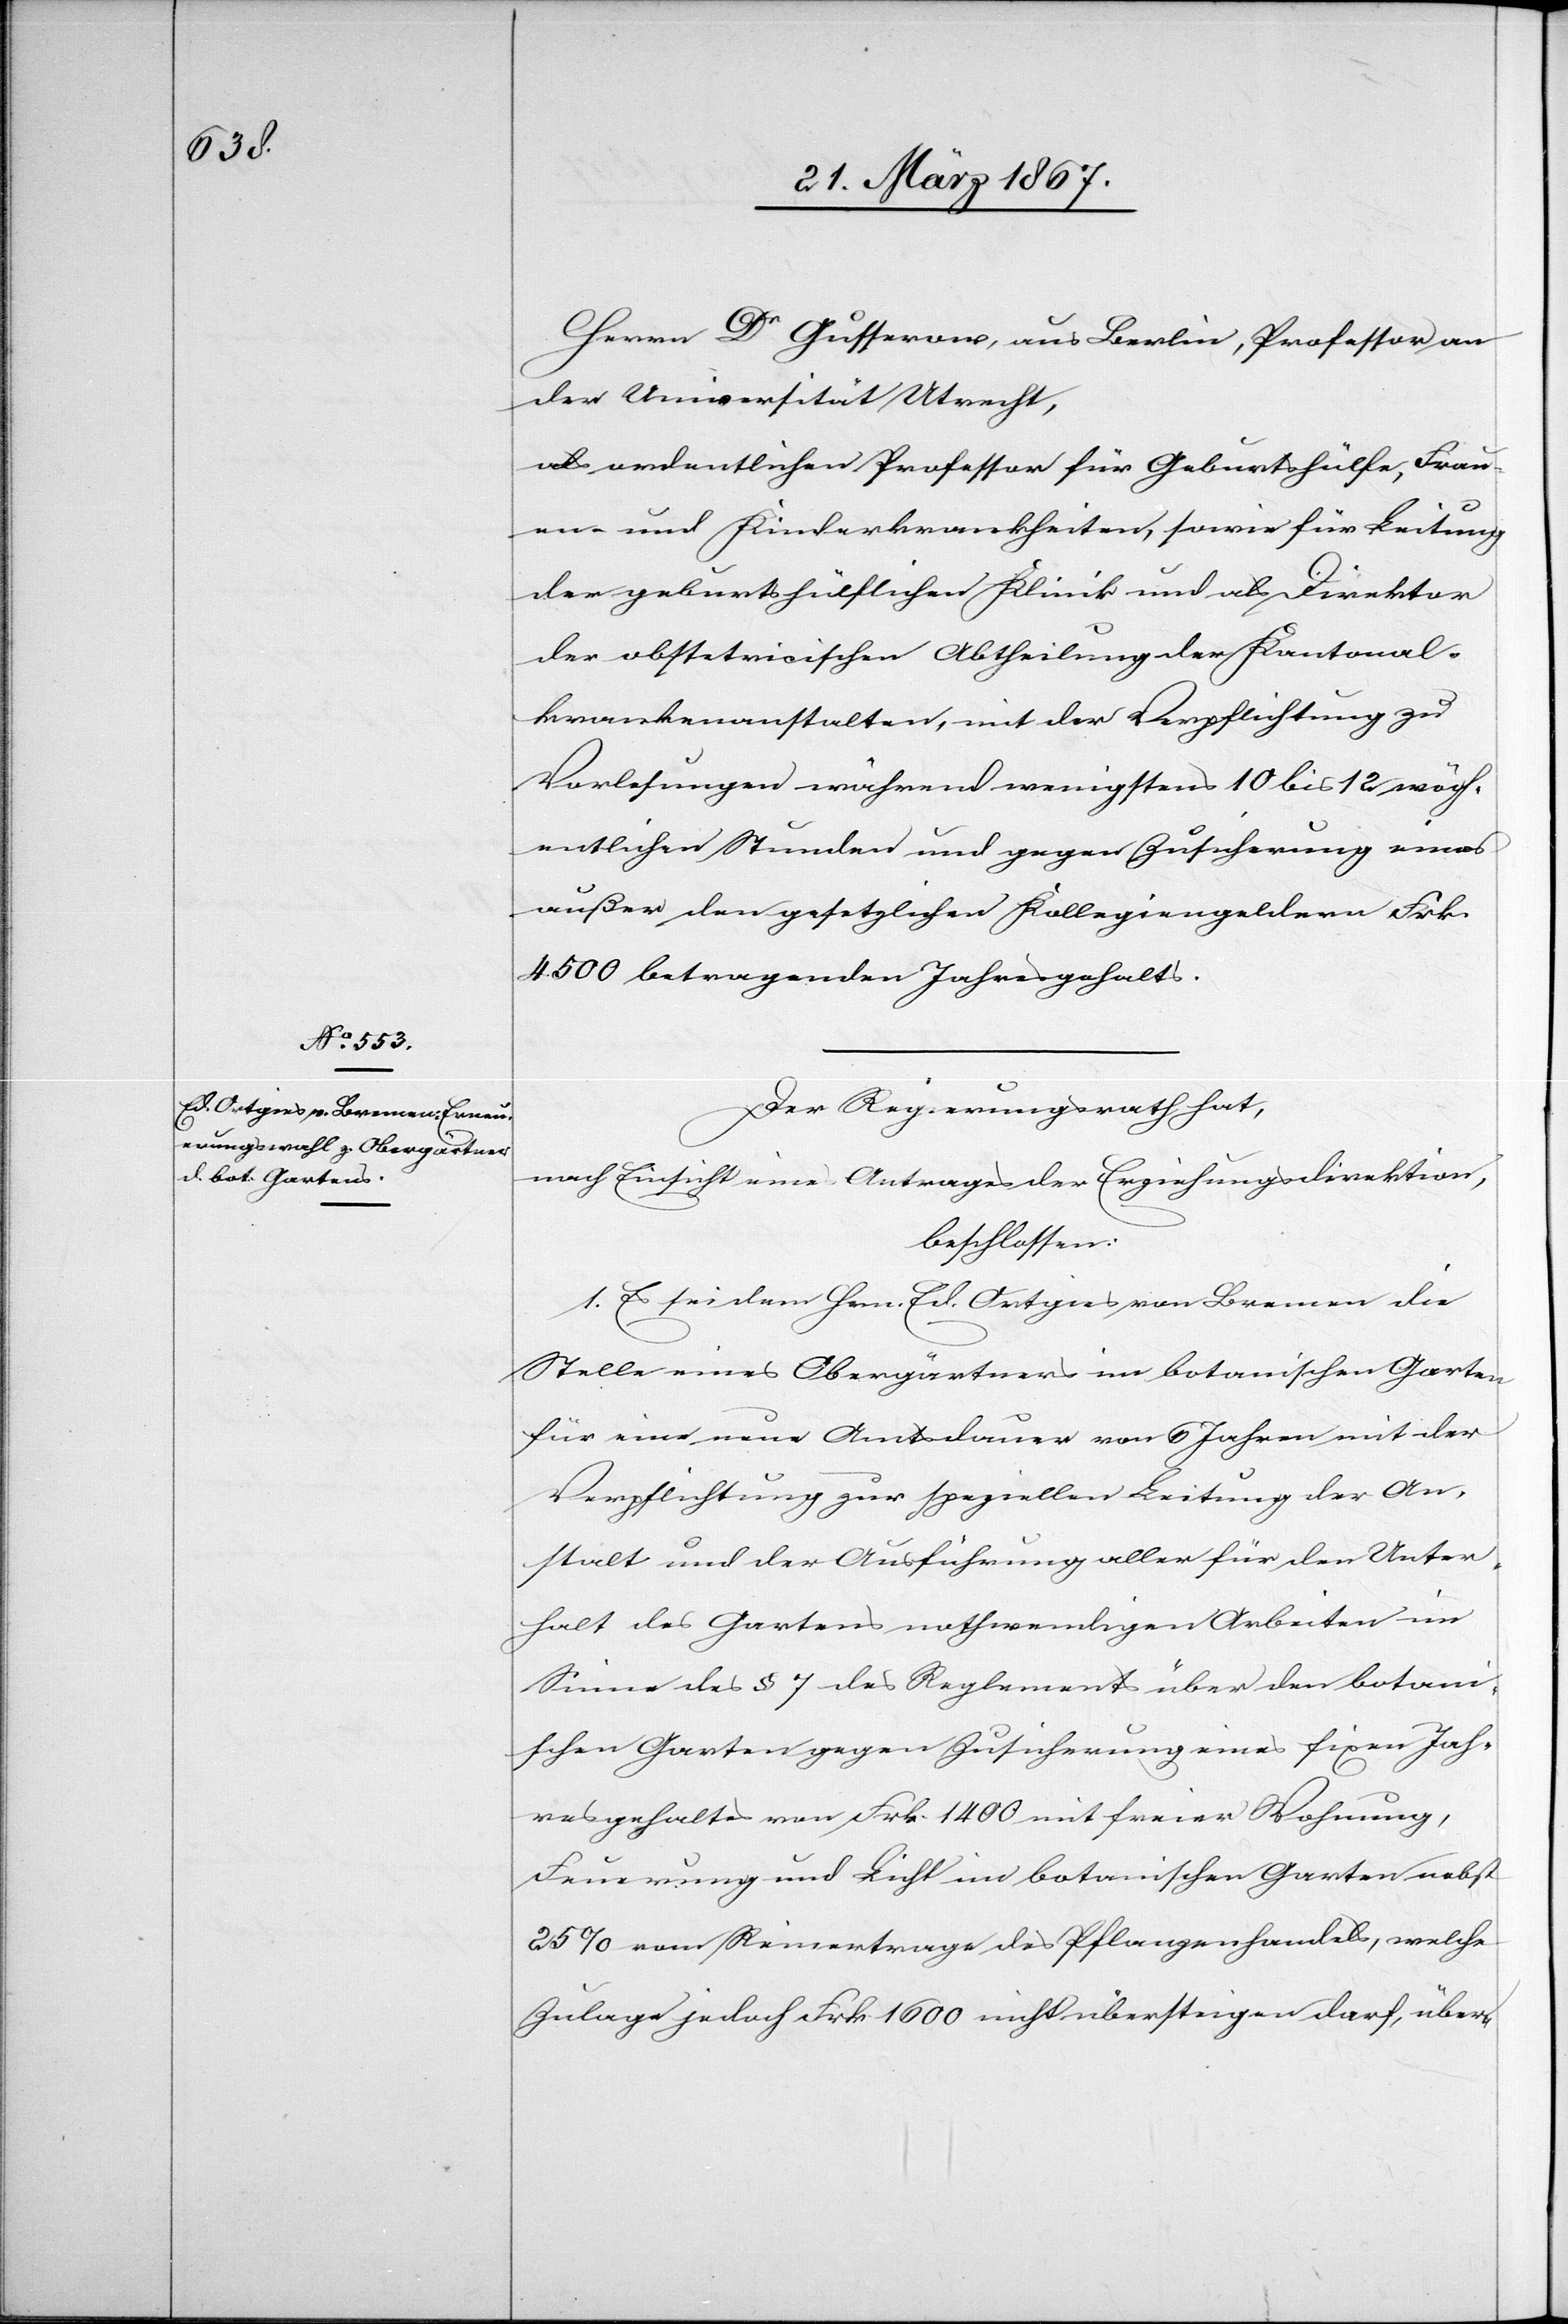
Herrn Dr Gusserow, aus Berlin, Professor an
der Universität Utrecht,
als ordentlichen Professor für Geburtshülfe, Frau¬
en- und Kinderkrankheiten, sowie für Leitung
der geburtshülflichen Klinik und als Direktor
der obstetricischen Abtheilung der Kantonal¬
krankenanstalten, mit der Verpflichtung zu
Vorlesungen während wenigstens 10 bis 12 wöch¬
entlichen Stunden und gegen Zusicherung eines
außer den gesetzlichen Kollegiengeldern Frk.
4500 betragenden Jahresgehalts.
Der Regierungsrath hat,
nach Einsicht eines Antrages der Erziehungsdirektion,
beschlossen:
1. Es sei dem Hrn. Ed. Ortgies von Bremen die
Stelle eines Obergärtners im botanischen Garten
für eine neuen Amtsdauer von 6 Jahren mit der
Verpflichtung zur speziellen Leitung der An¬
stalt und der Ausführung aller für den Unter¬
halt des Gartens nothwendigen Arbeiten im
Sinne des § 7 des Reglements eines fixen Jah¬
resgehaltes von Frk. 14 700 mit freier Wohnung,
Feuerung und Licht im botanischen Garten nebst
25% vom Reinertrage des Pflanzenhandels, welche
Zulage jedoch Frk. 1600 nicht übersteigen darf, über-